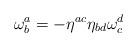
LaTeX: \begin{align*}\mathbf{\omega }_{b}^{a}=-\eta ^{ac}\eta _{bd}\mathbf{\omega }_{c}^{d}\end{align*}